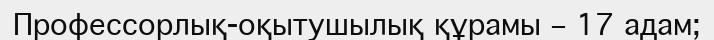
Профессорлық-оқытушылық құрамы – 17 адам;